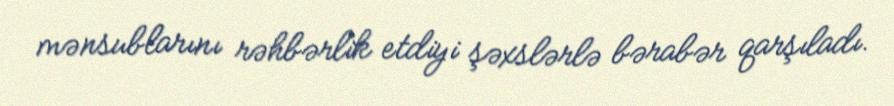
mənsublarını rəhbərlik etdiyi şəxslərlə bərabər qarşıladı.